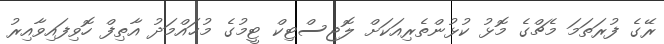
ރޭގެ ފުރަތަމަ މެޗްގެ މޮޅު ކުޅުންތެރިއަކަށް ލޮޖިސްޓިކް ޓީމުގެ މުޙައްމަދު އާޠިފް ހޮވިފައިވާއިރު